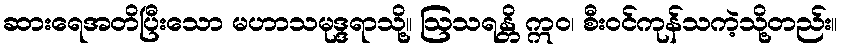
ဆားရေအတိပြီးသော မဟာသမုဒ္ဒရာသို့။ ဩသရန္တိ ဣဝ၊ စီးဝင်ကုန်သကဲ့သို့တည်း။